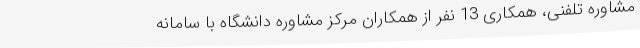
مشاوره تلفنی، همکاری 13 نفر از همکاران مرکز مشاوره دانشگاه با سامانه